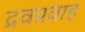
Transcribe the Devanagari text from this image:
द्रवप्रवाह